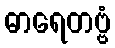
ဓာရေတဗ္ဗံ